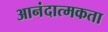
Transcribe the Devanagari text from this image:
आनंदात्मकता